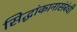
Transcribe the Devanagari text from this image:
सिद्धांकानासंबंधी